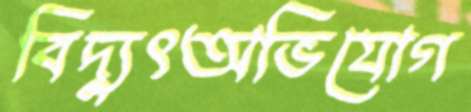
বিদ্যুৎঅভিযোগ